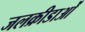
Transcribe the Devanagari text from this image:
जलक्रीडाओं